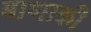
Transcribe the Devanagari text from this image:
बाणाकी